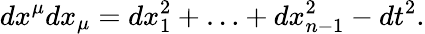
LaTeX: dx^{\mu}dx_{\mu}=dx_{1}^{2}+\ldots+dx_{n-1}^{2}-dt^{2}.